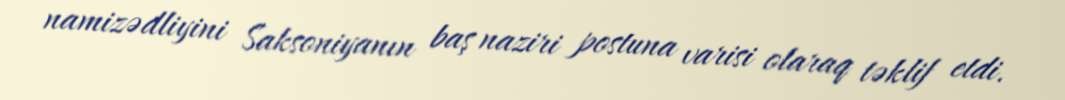
namizədliyini Saksoniyanın baş naziri postuna varisi olaraq təklif etdi.